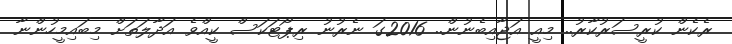
ރެކެން ކުރީސަރުކާރު.. މިއީ އަޖާއިބެނުން.. 2016ގަ ނެރުނު ރިޕޯޓަކަސް ކީއްވެ އަދާލަތަށް މިބައިމީހުންނާ